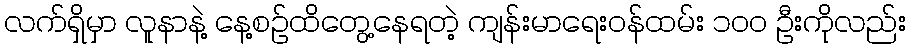
လက်ရှိမှာ လူနာနဲ့ နေ့စဉ်ထိတွေ့နေရတဲ့ ကျန်းမာရေးဝန်ထမ်း ၁၀၀ ဦးကိုလည်း